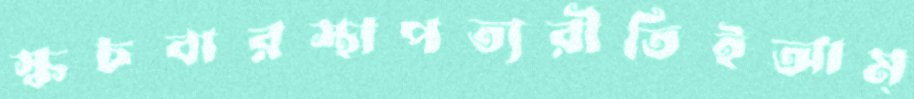
স্কচবারস্থাপত্যরীতিইআম্